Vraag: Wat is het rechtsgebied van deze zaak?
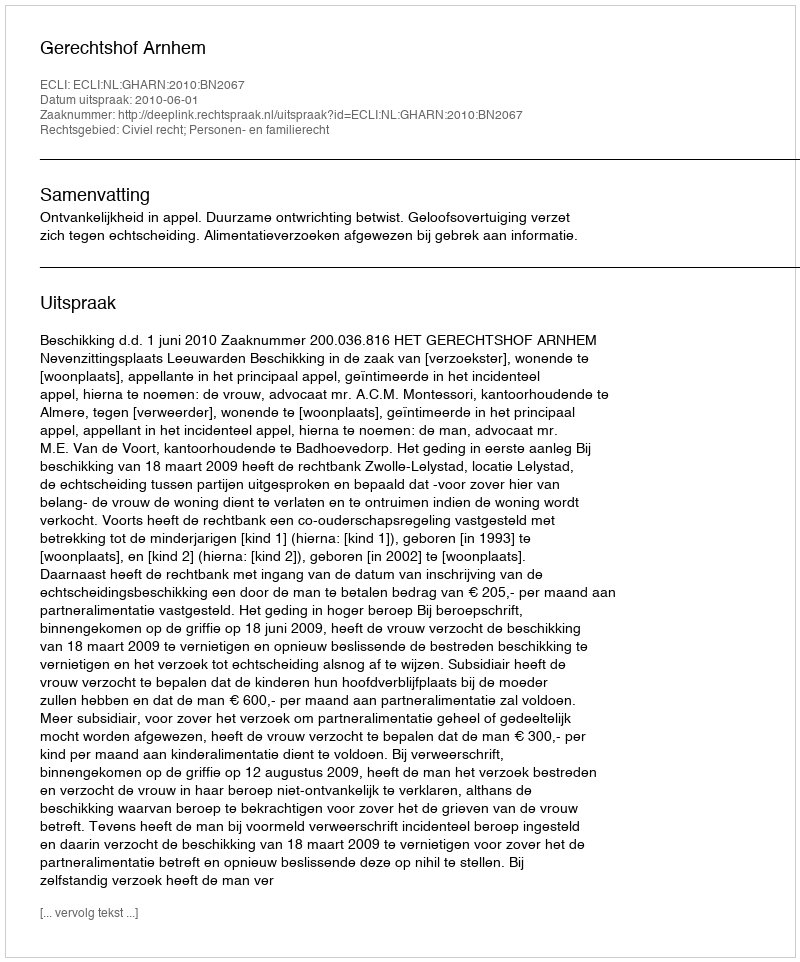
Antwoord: Civiel recht; Personen- en familierecht